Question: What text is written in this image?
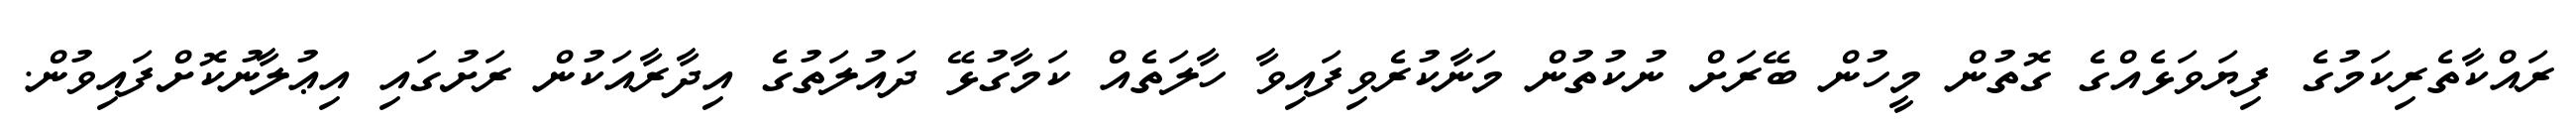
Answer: ރައްކާތެރިކަމުގެ ފިޔަވަޅެއްގެ ގޮތުން މީހުން ބޭރަށް ނުކުތުން މަނާކުރެވިފައިވާ ހާލަތެއް ކަމާގުޅޭ ދައުލަތުގެ އިދާރާއަކުން ރަށުގައި އިޢުލާނުކޮށްފައިވުން.